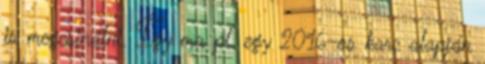
is megcsinálni. Így ma pl. egy 2016-os karc alapján